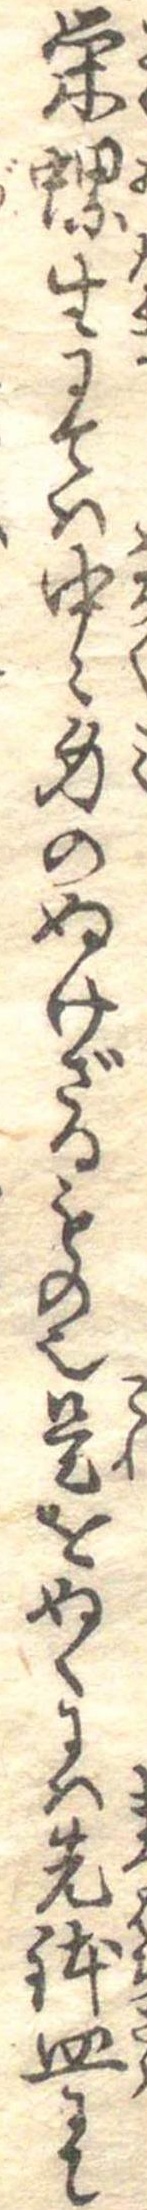
栄螺生にては中々身のぬけざるもの也是をぬくには先鉢皿にて